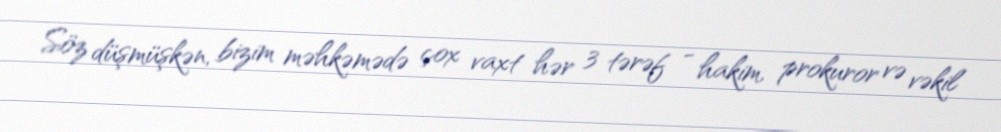
Söz düşmüşkən, bizim məhkəmədə çox vaxt hər 3 tərəf - hakim, prokuror və vəkil